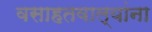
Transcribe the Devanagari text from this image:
वसाहतवाल्यांना